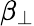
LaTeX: \beta_{\perp}